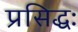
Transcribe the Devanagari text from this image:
प्रसिद्धः